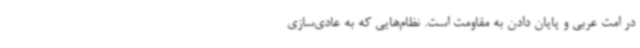
در امت عربی و پایان دادن به مقاومت است. نظام‌هایی که به عادی‌سازی